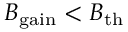
B _ { \mathrm { g a i n } } < B _ { \mathrm { t h } }